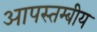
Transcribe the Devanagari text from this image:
आपस्तम्बीय